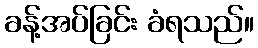
ခန့်အပ်ခြင်း ခံရသည်။